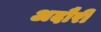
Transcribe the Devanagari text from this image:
अदौरी